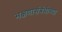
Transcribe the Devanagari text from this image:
भक्षणासंबंधीच्या